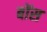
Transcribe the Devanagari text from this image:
बोंस